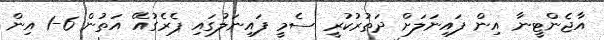
އާޖެންޓީނާ އިން ފައިނަލަށް ދަތުރުކުރީ ސެމީ ފައިނަލުގައި ޕެރެގުއޭ އަތުން 6-1 އިން